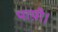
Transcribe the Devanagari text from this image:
पाय़ी।